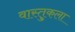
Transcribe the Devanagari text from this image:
वास्तु्कला